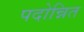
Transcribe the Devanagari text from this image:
पदोन्नित